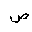
Letter: _sad